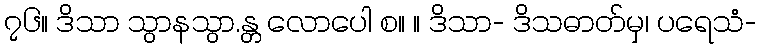
၇၆။ ဒိသာ သွာနသွာ.န္တ လောပေါ စ။ ။ ဒိသာ- ဒိသဓာတ်မှ၊ ပရေသံ-